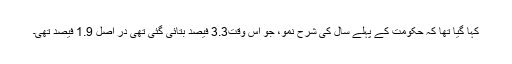
کہا گیا تھا کہ حکومت کے پہلے سال کی شرح نمو، جو اس وقت3.3 فیصد بتائی گئی تھی در اصل 1.9 فیصد تھی۔